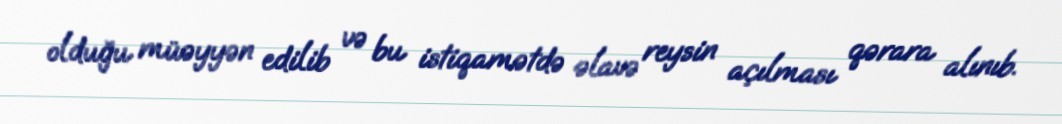
olduğu müəyyən edilib və bu istiqamətdə əlavə reysin açılması qərara alınıb.